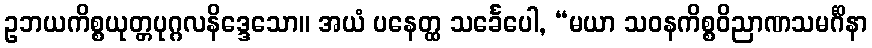
ဥဘယကိစ္စယုတ္တပုဂ္ဂလနိဒ္ဒေသော။ အယံ ပနေတ္ထ သင်္ခေပေါ, “မယာ သဝနကိစ္စဝိညာဏသမင်္ဂိနာ